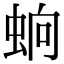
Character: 䖮